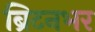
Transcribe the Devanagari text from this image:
ब्रिटनभर